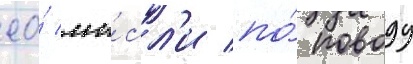
ео́ мы́сл'и по́ поводу